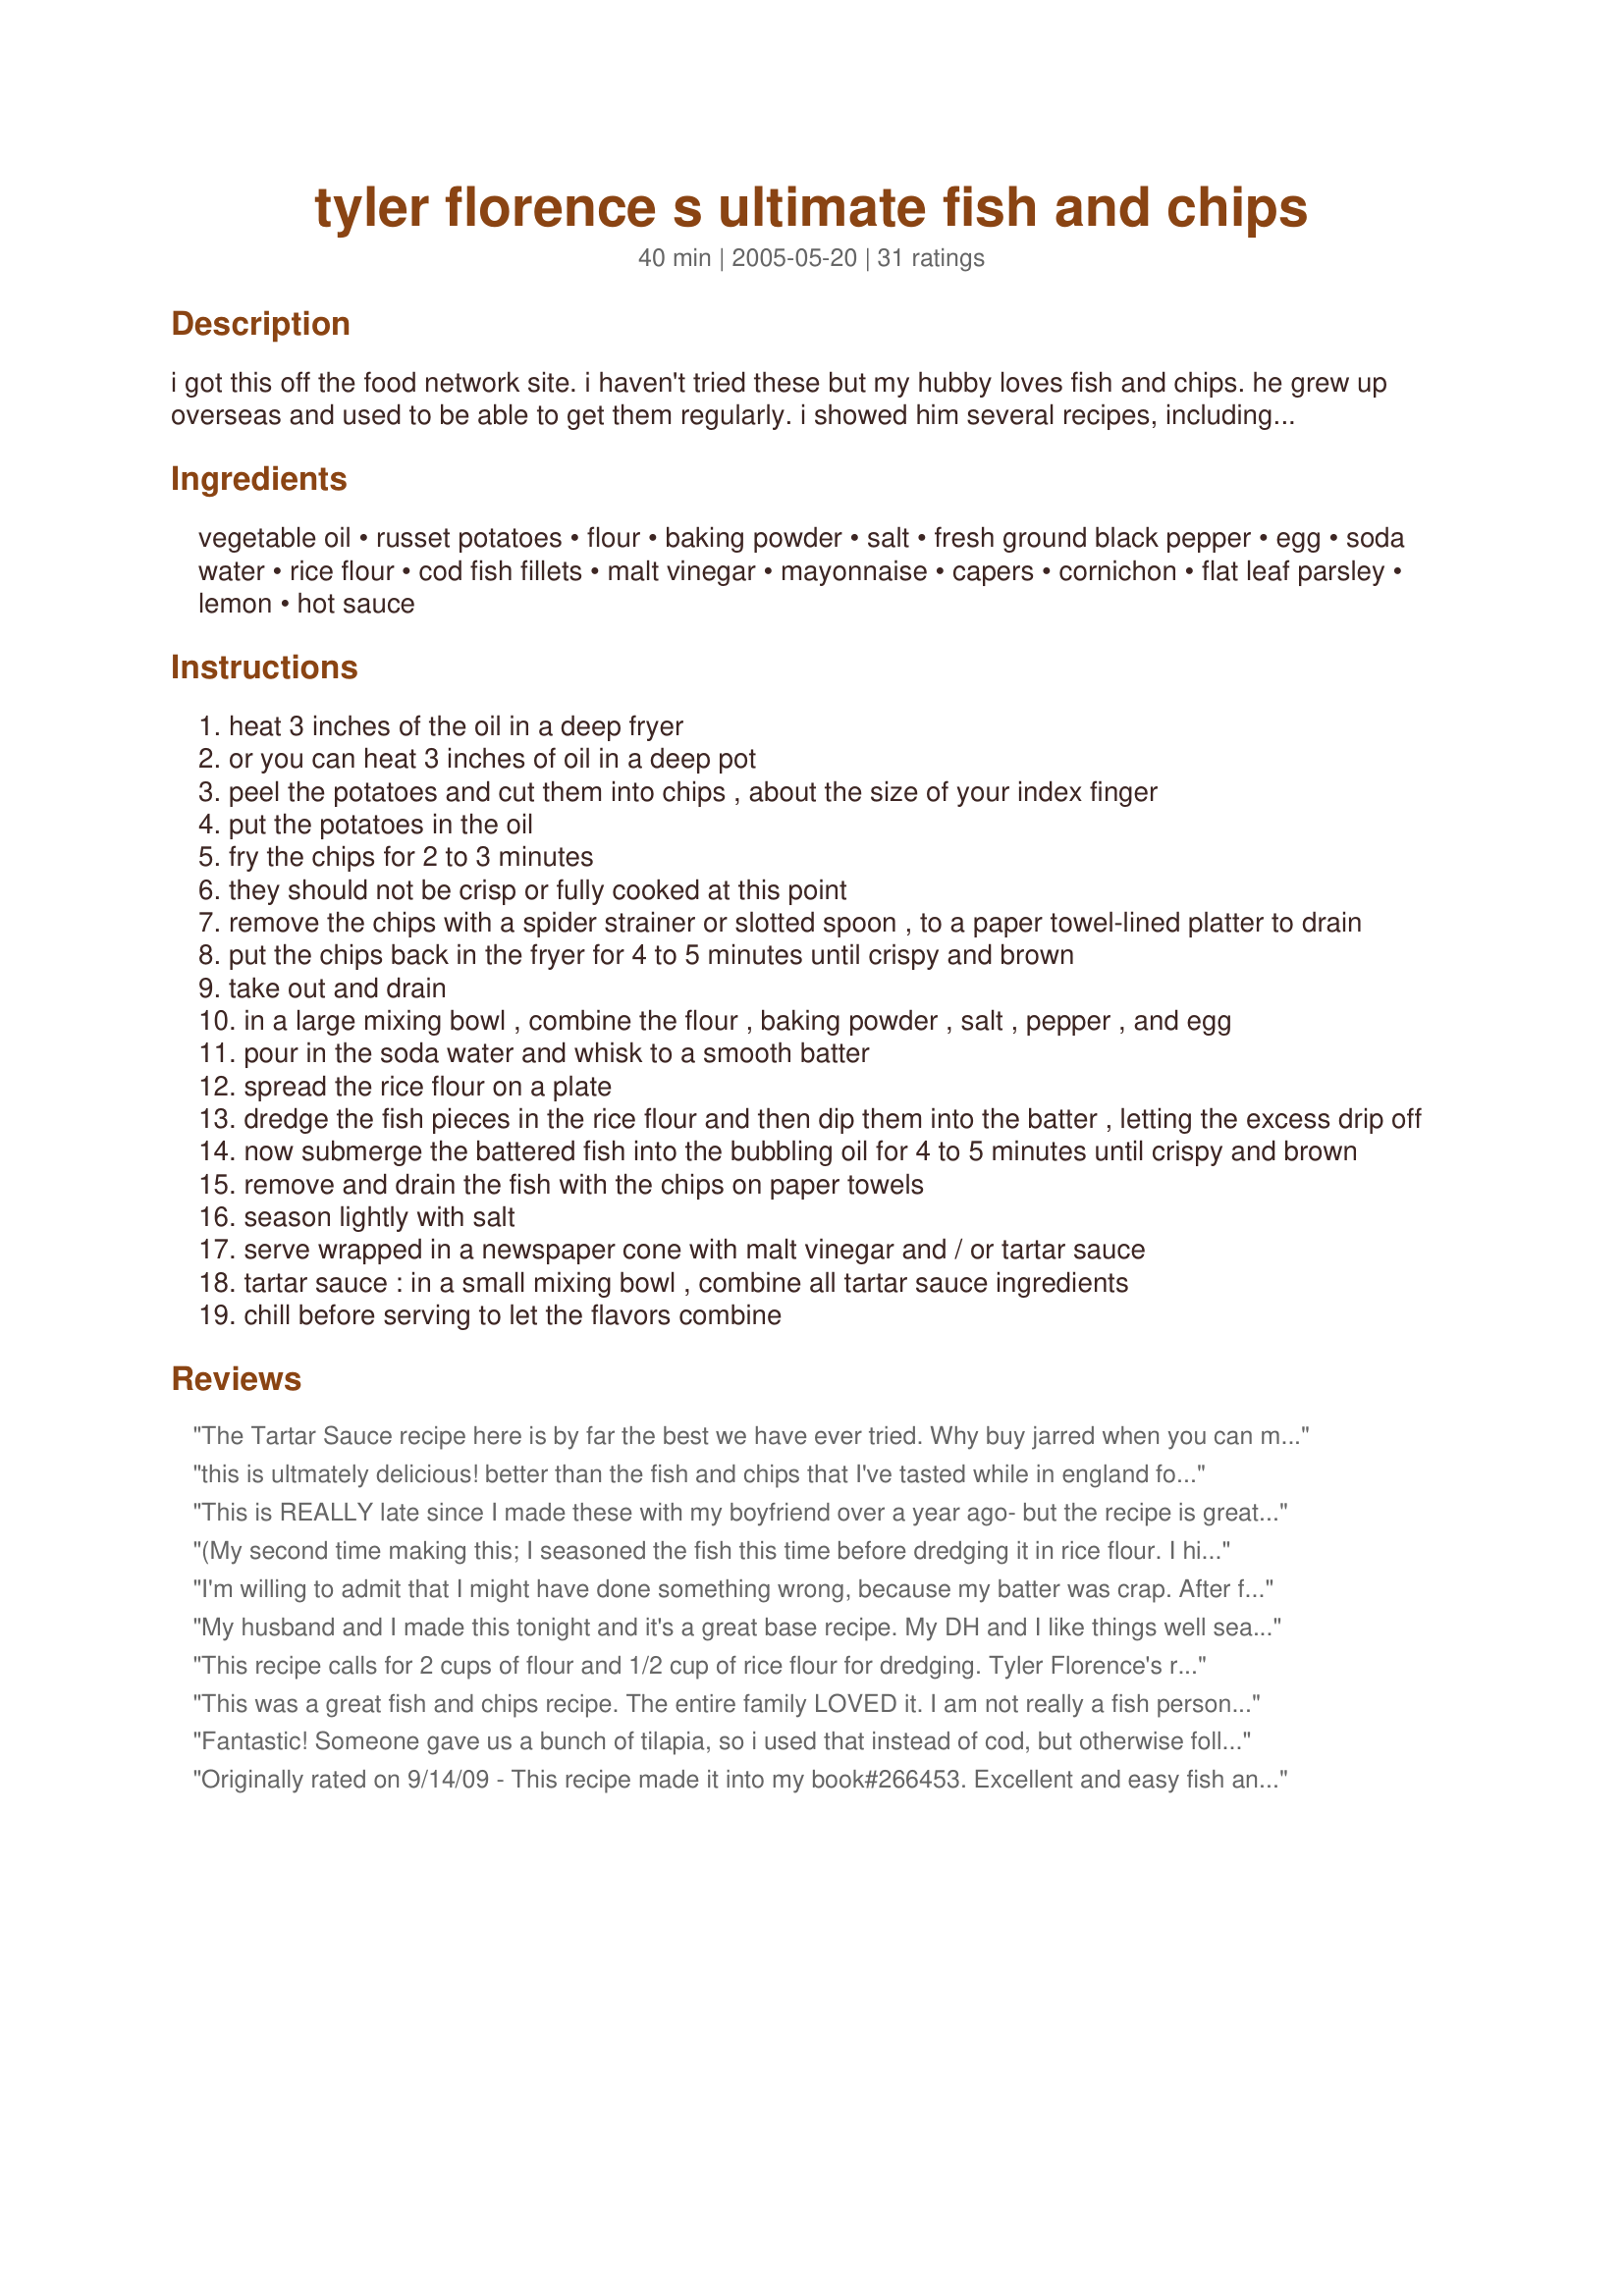
tyler florence s ultimate fish and chips
Preparation time: 40 minutes

i got this off the food network site. i haven't tried these but my hubby loves fish and chips. he grew up overseas and used to be able to get them regularly. i showed him several recipes, including zaar ones, and this was the one he said to make!

Ingredients:
vegetable oil, russet potatoes, flour, baking powder, salt, fresh ground black pepper, egg, soda water, rice flour, cod fish fillets, malt vinegar, mayonnaise, capers, cornichon, flat leaf parsley, lemon, hot sauce

Steps:
heat 3 inches of the oil in a deep fryer
or you can heat 3 inches of oil in a deep pot
peel the potatoes and cut them into chips , about the size of your index finger
put the potatoes in the oil
fry the chips for 2 to 3 minutes
they should not be crisp or fully cooked at this point
remove the chips with a spider strainer or slotted spoon , to a paper towel-lined platter to drain
put the chips back in the fryer for 4 to 5 minutes until crispy and brown
take out and drain
in a large mixing bowl , combine the flour , baking powder , salt , pepper , and egg
pour in the soda water and whisk to a smooth batter
spread the rice flour on a plate
dredge the fish pieces in the rice flour and then dip them into the batter , letting the excess drip off
now submerge the battered fish into the bubbling oil for 4 to 5 minutes until crispy and brown
remove and drain the fish with the chips on paper towels
season lightly with salt
serve wrapped in a newspaper cone with malt vinegar and / or tartar sauce
tartar sauce : in a small mixing bowl , combine all tartar sauce ingredients
chill before serving to let the flavors combine

Reviews:
The Tartar Sauce recipe here is by far the best we have ever tried. Why buy jarred when you can make it fresh and it will take the Fish to a whole new level that store bought cannot ?! You can also use bread and butter chips since Cornichon's can be a little pricy.
this is ultmately delicious! better than the fish and chips that I've tasted while in england for six years. it is much lighter but I did make some changes as I did not have rice flour. I used half portion of the flour with half the canned soda and used the remaining flour to dredge the fish in before coating with the batter. I served with a dip of sour cream and mayonaise mix instead of the cream of tartar. I'm definite that it'll taste even better dredging in rice flour. I'll surely make it again dredging in rice flour the next time. thanks for such a good recipe.
This is REALLY late since I made these with my boyfriend over a year ago- but the recipe is great! We absolutely loved the breading-- rice flour soda water comes out extra crispy, far better than the flour batters I'm more used to seeing. We didn't have a deep fryer, so just cooked the fish/chips in a pan filled with 1-2" of oil, and it still came out perfect after we got the temperature right. Besides that, the only changes we made were to add a bit more seasonings to the batter (cayenne pepper, dried parsley, lemon pepper?). <br/><br/>And an FYI for anyone else considering this recipe-- the batter is PERFECT for onion rings! We made a whole batch of them along after the fish was done.
(My second time making this; I seasoned the fish this time before dredging it in rice flour. I highly recommend doing so since the only part it indicates more seasoning was in the ingredients not in the steps)
I didn't have soda water or club soda but I had light colored ale, so I used that without problems (There are beer batter recipes that are similar anyway). And my kids really like fish sticks so I made smaller pieces for them, just less cooking time. The other change I made was for the Tartar sauce, I used 1/2 regular mayo and 1/2 plain yogurt (can't tell the difference!!!) make sure you use cornichons because it makes the tartar sauce.
I'm willing to admit that I might have done something wrong, because my batter was crap. After frying, it was light and fluffly like a pancake, not like and crunchy like I expected. 

Any ideas? Thanks
My husband and I made this tonight and it's a great base recipe. My DH and I like things well seasoned and while I did add Mrs. Dash to the batter, next time I'll experiment with other seafood seasonings. Thanks for a great way to make fish 'n chips!
This recipe calls for 2 cups of flour and 1/2 cup of rice flour for dredging. Tyler Florence's recipe calls for 2 cups of RICE flour and 1/2 cup of rice flour for dredging. Don't use regular flour. It's too heavy. The rice flour gives it a light, airy taste and texture and is absolutely delicious. We've made this several times (with rice flour throughout) and it's been a hit every time. Almost as good as The Laughing Halibut in London!
This was a great fish and chips recipe. The entire family LOVED it. I am not really a fish person and I thought it was wonderful!! Great recipe Jessica K!!
Fantastic! Someone gave us a bunch of tilapia, so i used that instead of cod, but otherwise followed the recipe exactly. The kiddos aren't sure they like fish, but they loved this recipe! My son declared the chips the best he'd ever had. : ) It was simple to put together & delicious! Thanks!
Originally rated on 9/14/09 - This recipe made it into my book#266453. Excellent and easy fish and chips recipe. The batter is nice and light. Absolutely delicious. If you're going to attempt authentic fish and chips, this is the recipe to try! Thank you. :)
I made this last night....so good! My husband is from England and said this recipe tasted authentic. Make sure to sweep the fish back and forth once (so it starts to cook the batter) before completely dropping it into the oil or it will sink to the bottom and stick to the basket
This recipe is just as good as any resturant. My DH is a tough critic and said that this was as good as Bennigan's. After cooking a test piece I realized the batter was a little too thick for us. I did add more club soda, about 3/4 cup to thin the batter. It then was right for us. The tartar sauce was awesome! Again, DH said that is wasn't going to be as good as the stuff in a jar but then realized that it was very tasty. I was amazed that he had nothing bad to say about this. I didn't make the chips part of this cause I like my steak fries with this.
Great recipe! We tweaked it a little to our needs, (substituted GF flour for the batter), but we were really impressed. I made the tartar sauce, which was very good, but we didn't end up using it, as the fish was so good on its own.
I too used regular flour. I used the fish and tarter sauce to assemble one of the best fish sandwiches ever. The fish was light & crispy and NOT greasy. I served with oven baked fries this time, but will try your chips soon. Thank you for sharing your recipe!
Best Fish and Chips recipe I have ever tried. The batter is so light and really lets the flavor of the fish come out. Also really liked the tartar sauce recipe, very fresh tasting.
The BEST recipe for fish and chips! (Mind you, we didn't do the chips this time, but next time we will for sure!) My husband was over the moon to finally find a recipe that produces such awesome results. He's even printed off a copy to give to his boss, lol! We followed the fish recipe to the letter and wouldn't change a thing. This will be the ONLY recipe we will use on fish and chips night.
I really enjoyed this batter, it was light and crispy and turned out great. I also used regular flour as I did not have rice flour.
Thanks for posting!
I bought rice flour just to make this dish. Didn't even know there was such a thing. Well- it must have made the difference becuase it was some mighty fine flaky, crisp, batter. Perfect texture for cod fish.
This is a really great recipe! The batter cooks up wonderfully. Thanks so much :)
Yummy, my husband loved it and he's a really tough critic.
How can you lose making a Tyler Florence recipe? The batter came out crunchy, and stuck to the fish well. I shook the malt vinegar over the fries too and oh what a meal!
This was heavenly. Thanks for posting such a gem. Definately one to keep. :D We had this with Tartar Sauce Recipe #47077 Zaar World Tour 05
This recipe is really adaptable and delicious! My husband loves this for a regular fish & chips night. I love it for fish tacos with Mean Chef's cabbage slaw accompaniment (#107477). Delicious and easy. We often sprinkle a little cayenne onto the fish before battering, but we like everything extra spicy.
Wow!! Thank you Jeesica K! We have spent a lot of time trying to find recipes that are similiar to those that you find in the suburbs of London and this is great! We did add a tad bit more salt and garlic powder to this recipe but otherwise was perfect!!
OOHHH this is really yummy. i prepared this dish for my parents the other day and they loved it! the batter was perfect and wasnt oily at all. served it with lots of salad and chips. didnt manage to make the tartar sauce but it tasted equally yummy with mayo. i recommend not to go to any restaurant to have your fish & chips as you can whip up one which is much tastier yourself with this recipe!
This is my favorite recipe of fish and chips and reminds me of the fish balls I used to have years ago. The batter is thick and thus no matter how small I slice the fish the end results wouldn't show. It still looks big and alot! Everytime I crave for fish and chips, this is the recipe I often use. The tartar sauce is also good. 
If you're trying to be economical, have a few fillets but want to make alot of fish and chips, this is the recipe I would recommend. Definitely, a keeper! Thanks for posting this recipe.
I love this breading on the fish, it is very tasty.
My guys gobbled this up. I made this for my family and the boys couldn't get enough. We really liked the batter on the fish. I served with some coleslaw and hushpuppies. Thank you for sharing.
Awesome 1st time results! I combined this recipe with recipe #183399, using baking soda and beer instead of soda water. i also cheated with frozen (thawed & dried) fries. The fam was impressed and so was I. Can't wait to do it again!
The Country Chef gives out a few five stars. This recipe has very unique batter recipe for the fish. It is Z-Best Fish and Chips recipe and deserves five stars. Definitely use Rice Flour...
This is an outstanding fish/chips/sauce recipe. We used frozen fries and flounder fillets; but, kept true to the recipe otherwise. 
The batter was light and airy on the inside with a superb crunch on the outside.
The sauce was astounding and went perfectly with the fish. 
Thank you for sharing this wonderful recipe.
